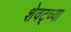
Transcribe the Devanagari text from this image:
शेवट्च्या